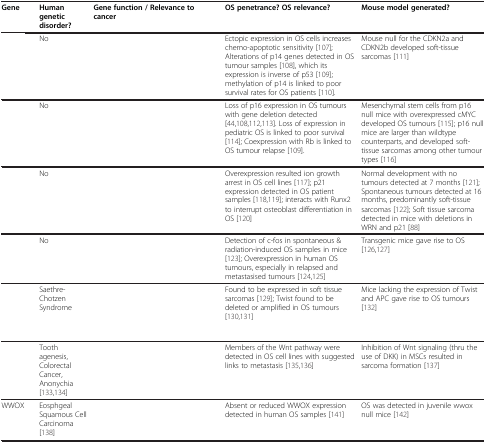
<table><thead><tr><td><b>Gene</b></td><td><b>Human genetic disorder?</b></td><td><b>Gene function / Relevanceto cancer</b></td><td><b>OS penetrance? OS relevance?</b></td><td><b>Mouse model generated?</b></td></tr></thead><tbody><tr><td>[EMPTY_CELL]</td><td>No</td><td>[EMPTY_CELL]</td><td>Ectopic expression in OS cells increases chemo-apoptotic sensitivity [107]; Alterations of p14 genes detected in OS tumour samples [108], which its expression is inverse of p53 [109]; methylation of p14 is linked to poor survival rates for OS patients [110].</td><td>Mouse null for the CDKN2a and CDKN2b developed soft-tissue sarcomas [111]</td></tr><tr><td>[EMPTY_CELL]</td><td>No</td><td>[EMPTY_CELL]</td><td>Loss of p16 expression in OS tumours with gene deletion detected [44,108,112,113]. Loss of expression in pediatric OS is linked to poor survival [114]; Coexpression with Rb is linked to OS tumour relapse [109].</td><td>Mesenchymal stem cells from p16 null mice with overexpressed cMYC developed OS tumours [115]; p16 null mice are larger than wildtype counterparts, and developed soft-tissue sarcomas among other tumour types [116]</td></tr><tr><td>[EMPTY_CELL]</td><td>No</td><td>[EMPTY_CELL]</td><td>Overexpression resulted ion growth arrest in OS cell lines [117]; p21 expression detected in OS patient samples [118,119]; interacts with Runx2 to interrupt osteoblast differentiation in OS [120]</td><td>Normal development with no tumours detected at 7 months [121]; Spontaneous tumours detected at 16 months, predominantly soft-tissue sarcomas [122]; Soft tissue sarcoma detected in mice with deletions in WRN and p21 [88]</td></tr><tr><td>[EMPTY_CELL]</td><td>No</td><td>[EMPTY_CELL]</td><td>Detection of c-fos in spontaneous &amp; radiation-induced OS samples in mice [123]; Overexpression in human OS tumours, especially in relapsed and metastasised tumours [124,125]</td><td>Transgenic mice gave rise to OS [126,127]</td></tr><tr><td>[EMPTY_CELL]</td><td>Saethre-Chotzen Syndrome</td><td>[EMPTY_CELL]</td><td>Found to be expressed in soft tissue sarcomas [129]; Twist found to be deleted or amplified in OS tumours [130,131]</td><td>Mice lacking the expression of Twist and APC gave rise to OS tumours [132]</td></tr><tr><td>[EMPTY_CELL]</td><td>Tooth agenesis, Colorectal Cancer, Anonychia [133,134]</td><td>[EMPTY_CELL]</td><td>Members of the Wnt pathway were detected in OS cell lines with suggested links to metastasis [135,136]</td><td>Inhibition of Wnt signaling (thru the use of DKK) in MSCs resulted in sarcoma formation [137]</td></tr><tr><td>WWOX</td><td>Eosphgeal Squamous Cell Carcinoma [138]</td><td>[EMPTY_CELL]</td><td>Absent or reduced WWOX expression detected in human OS samples [141]</td><td>OS was detected in juvenile wwox null mice [142]</td></tr></tbody></table>